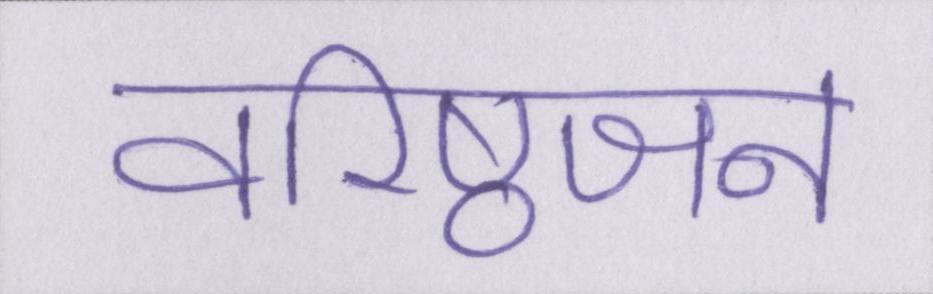
वरिष्ठजन